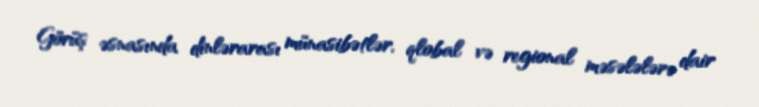
Görüş əsnasında dinlərarası münasibətlər, qlobal və regional məsələlərə dair